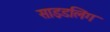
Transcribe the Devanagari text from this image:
साइडलिंग